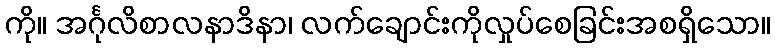
ကို။ အင်္ဂုလိစာလနာဒိနာ၊ လက်ချောင်းကိုလှုပ်စေခြင်းအစရှိသော။